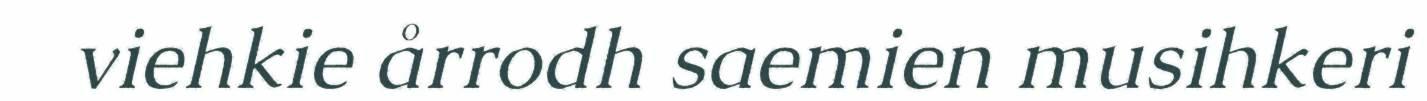
viehkie årrodh saemien musihkeri